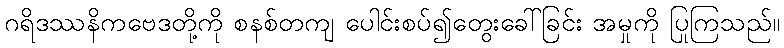
ဂရိဒဿနိကဗေဒတို့ကို စနစ်တကျ ပေါင်းစပ်၍တွေးခေါ်ခြင်း အမှုကို ပြုကြသည်။